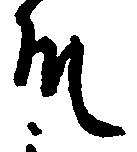
殿